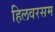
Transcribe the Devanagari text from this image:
हिलवरसम